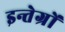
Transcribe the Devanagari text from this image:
इन्तेग्रों